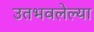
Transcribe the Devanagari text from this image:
उतभवलेल्या